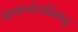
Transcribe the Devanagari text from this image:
ब्राह्मणोपनिषद्